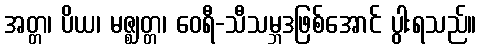
အတ္တ၊ ပိယ၊ မဇ္ဈတ္တ၊ ဝေရီ-သီသမ္ဘဒဖြစ်အောင် ပွါးရသည်။